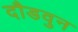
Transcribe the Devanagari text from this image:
दौडवुन